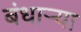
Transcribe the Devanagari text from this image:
बंधाऱ्या